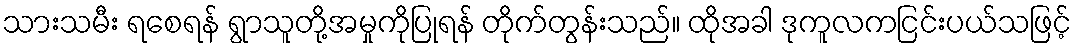
သားသမီး ရစေရန် ရွာသူတို့အမှုကိုပြုရန် တိုက်တွန်းသည်။ ထိုအခါ ဒုကူလကငြင်းပယ်သဖြင့်